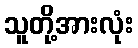
သူတို့အားလုံး